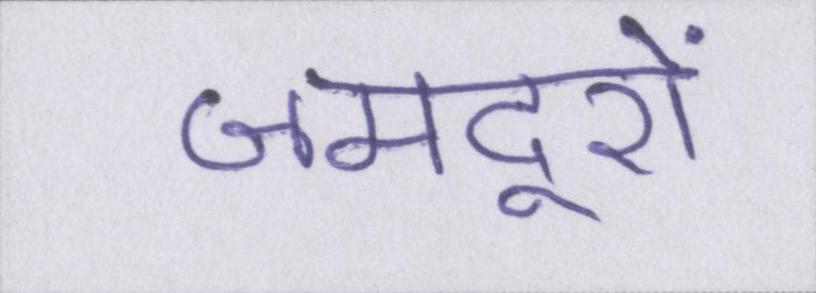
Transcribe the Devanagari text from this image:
जमदूरों